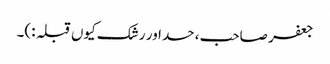
جعفر صاحب، حسد اور رشک کیوں قبلہ :)۔